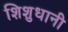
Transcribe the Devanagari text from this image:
शिशुधानी